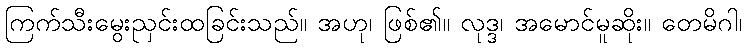
ကြက်သီးမွေးညှင်းထခြင်းသည်။ အဟု၊ ဖြစ်၏။ လုဒ္ဒ၊ အမောင်မူဆိုး။ တေမိဂါ၊